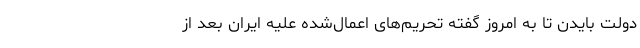
دولت بایدن تا به امروز گفته تحریم‌های اعمال‌شده علیه ایران بعد از